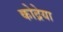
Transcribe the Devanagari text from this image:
कोद्रेया